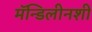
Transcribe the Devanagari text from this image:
मॅन्डिलीनशी